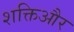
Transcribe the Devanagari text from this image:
शक्तिऔर